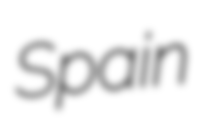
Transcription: Spain